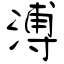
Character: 溥